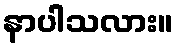
နာပါသလား။